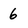
Character: 6